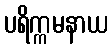
ပရိက္ကမနာယ